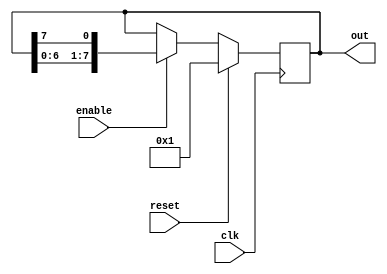
//-----------------------------------------------------
// Design Name : one_hot_cnt
// Function    : 8 bit one hot counter
// Coder      : Deepak"
//-----------------------------------------------------
module one_hot_cnt (
out        ,  // Output of the counter
enable     ,  // enable for counter
clk        ,  // clock input
reset         // reset input
);
//----------Output Ports--------------
output [7:0] out;

//------------Input Ports--------------
input enable, clk, reset;

//------------Internal Variables--------
reg [7:0] out;  

//-------------Code Starts Here-------
always @ (posedge clk)
if (reset) begin
  out <= 8'b0000_0001 ;
end else if (enable) begin
  out <= {out[6],out[5],out[4],out[3],
          out[2],out[1],out[0],out[7]};
end

endmodule